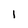
Character: 1